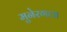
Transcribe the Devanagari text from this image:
मुनेरगला